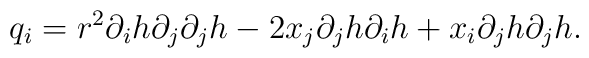
q_{i}=r^{2}\partial_{i}h \partial_{j}\partial_{j}h-2x_{j}\partial_{j}h\partial_{i}h+x_{i}\partial_{j}h\partial_{j}h.